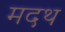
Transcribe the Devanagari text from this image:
मदथ